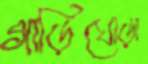
গাড়িঘোড়া